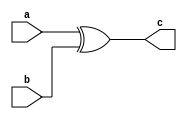

`timescale 1ns/10ps

module timescale_syntax (a,b,c);

input a;
input b;
output c;

assign c = a ^ b;

endmodule